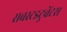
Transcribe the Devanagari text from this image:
सबस्टइटुवेंटस